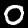
Label: 0